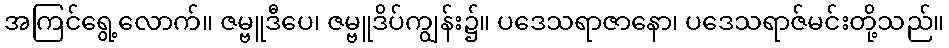
အကြင်ရွေ့လောက်။ ဇမ္ဗူဒီပေ၊ ဇမ္ဗူဒိပ်ကျွန်း၌။ ပဒေသရာဇာနော၊ ပဒေသရာဇ်မင်းတို့သည်။